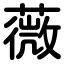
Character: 薇